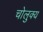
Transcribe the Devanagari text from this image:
चोलुक्य